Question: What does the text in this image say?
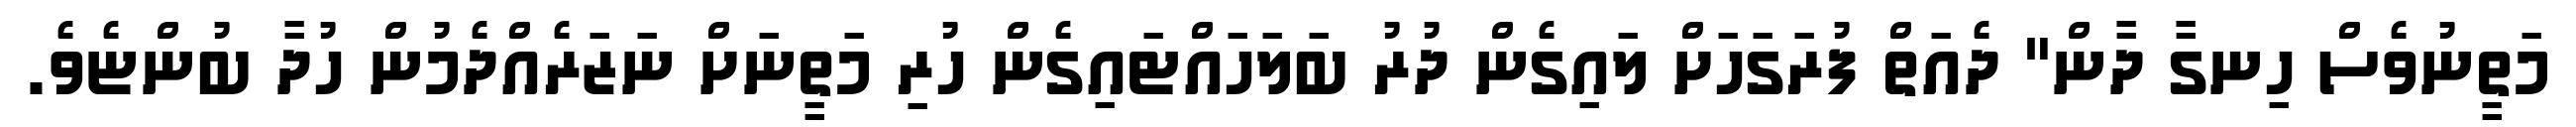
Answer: މަތީނުވެސް ހިނގާ ދާން" ދެއަތް ފުރަގަހަށް ލައިގެން ދުރު ބަލަހައްޓައިގެން ހުރި މަތީނަށް ނަޒަރެއްދެމުން ހުދާ ބުންޏެވެ.